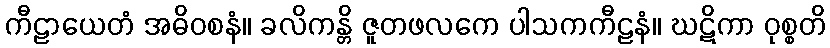
ကီဠာယေတံ အဓိဝစနံ။ ခလိကန္တိ ဇူတဖလကေ ပါသကကီဠနံ။ ဃဋိကာ ဝုစ္စတိ